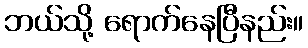
ဘယ်သို့ ရောက်နေပြီနည်း။